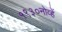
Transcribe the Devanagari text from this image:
१९३०नोव्हें